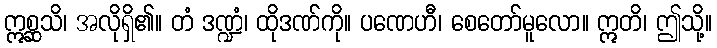
ဣစ္ဆသိ၊ အလိုရှိ၏။ တံ ဒဏ္ဍံ၊ ထိုဒဏ်ကို။ ပဏေဟီ၊ စေတော်မူလော။ ဣတိ၊ ဤသို့။